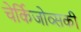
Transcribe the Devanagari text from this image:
चेर्किजोव्सकी